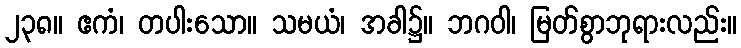
၂၃၈။ ဧကံ၊ တပါးသော။ သမယံ၊ အခါ၌။ ဘဂဝါ၊ မြတ်စွာဘုရားလည်း။